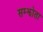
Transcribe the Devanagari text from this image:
सम्झोता